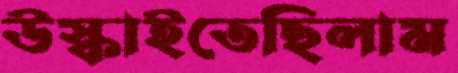
উস্‌কাইতেছিলাম